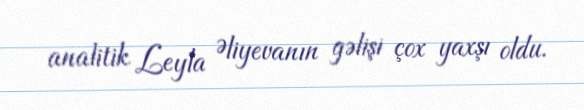
analitik Leyla Əliyevanın gəlişi çox yaxşı oldu.